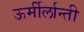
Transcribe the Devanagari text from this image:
ऊर्मीर्लान्ती